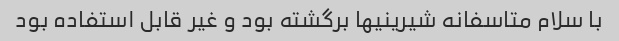
با سلام متاسفانه شیرینیها برگشته بود و غیر قابل استفاده بود